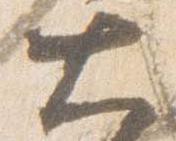
大